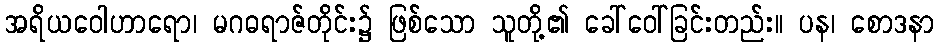
အရိယဝေါဟာရော၊ မဂဓရာဇ်တိုင်း၌ ဖြစ်သော သူတို့၏ ခေါ်ဝေါ်ခြင်းတည်း။ ပန၊ စောဒနာ